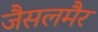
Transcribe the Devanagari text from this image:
जैसलमैर